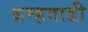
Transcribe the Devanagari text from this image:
ब्रम्हवाडी